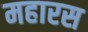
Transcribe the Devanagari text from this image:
महारस